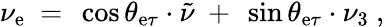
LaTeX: \nu_{\mathrm{e}}~=~\cos\theta_{\mathrm{e}\tau}\cdot\tilde{{\nu}}~+~\sin\theta_{\mathrm{e}\tau}\cdot\nu_{3}~,